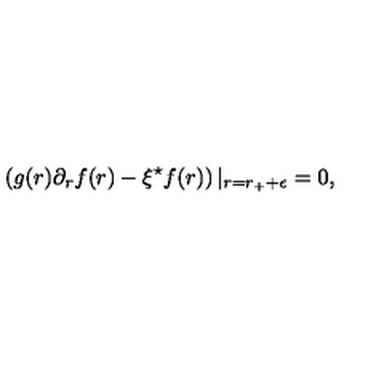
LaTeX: \left( g ( r ) \partial _ { r } f ( r ) - \xi ^ { \star } f ( r ) \right) | _ { r = r _ { + } + \epsilon } = 0 ,